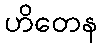
ဟိတေန